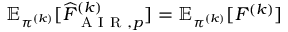
\mathbb { E } _ { \pi ^ { ( k ) } } [ \widehat { F } _ { \mathrm { ~ A ~ I ~ R ~ } , p } ^ { ( k ) } ] = \mathbb { E } _ { \pi ^ { ( k ) } } [ F ^ { ( k ) } ]